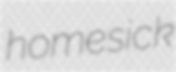
homesick